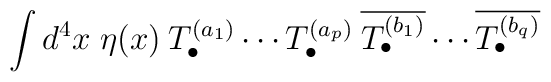
\int d^4x \; \eta(x) \:T^{(a_1)}_\bullet \cdots T^{(a_p)}_\bullet \:\overline{T^{(b_1)}_\bullet} \cdots \overline{T^{(b_q)}_\bullet}